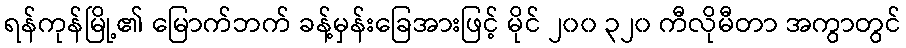
ရန်ကုန်မြို့၏ မြောက်ဘက် ခန့်မှန်းခြေအားဖြင့် မိုင် ၂၀၀ ၃၂၀ ကီလိုမီတာ အကွာတွင်